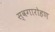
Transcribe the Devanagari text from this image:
स्वगारोहण